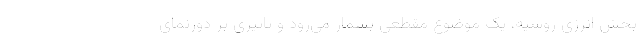
بخش انرژی روسیه، یک موضوع مقطعی بشمار می‌رود و تاثیری بر دورنمای